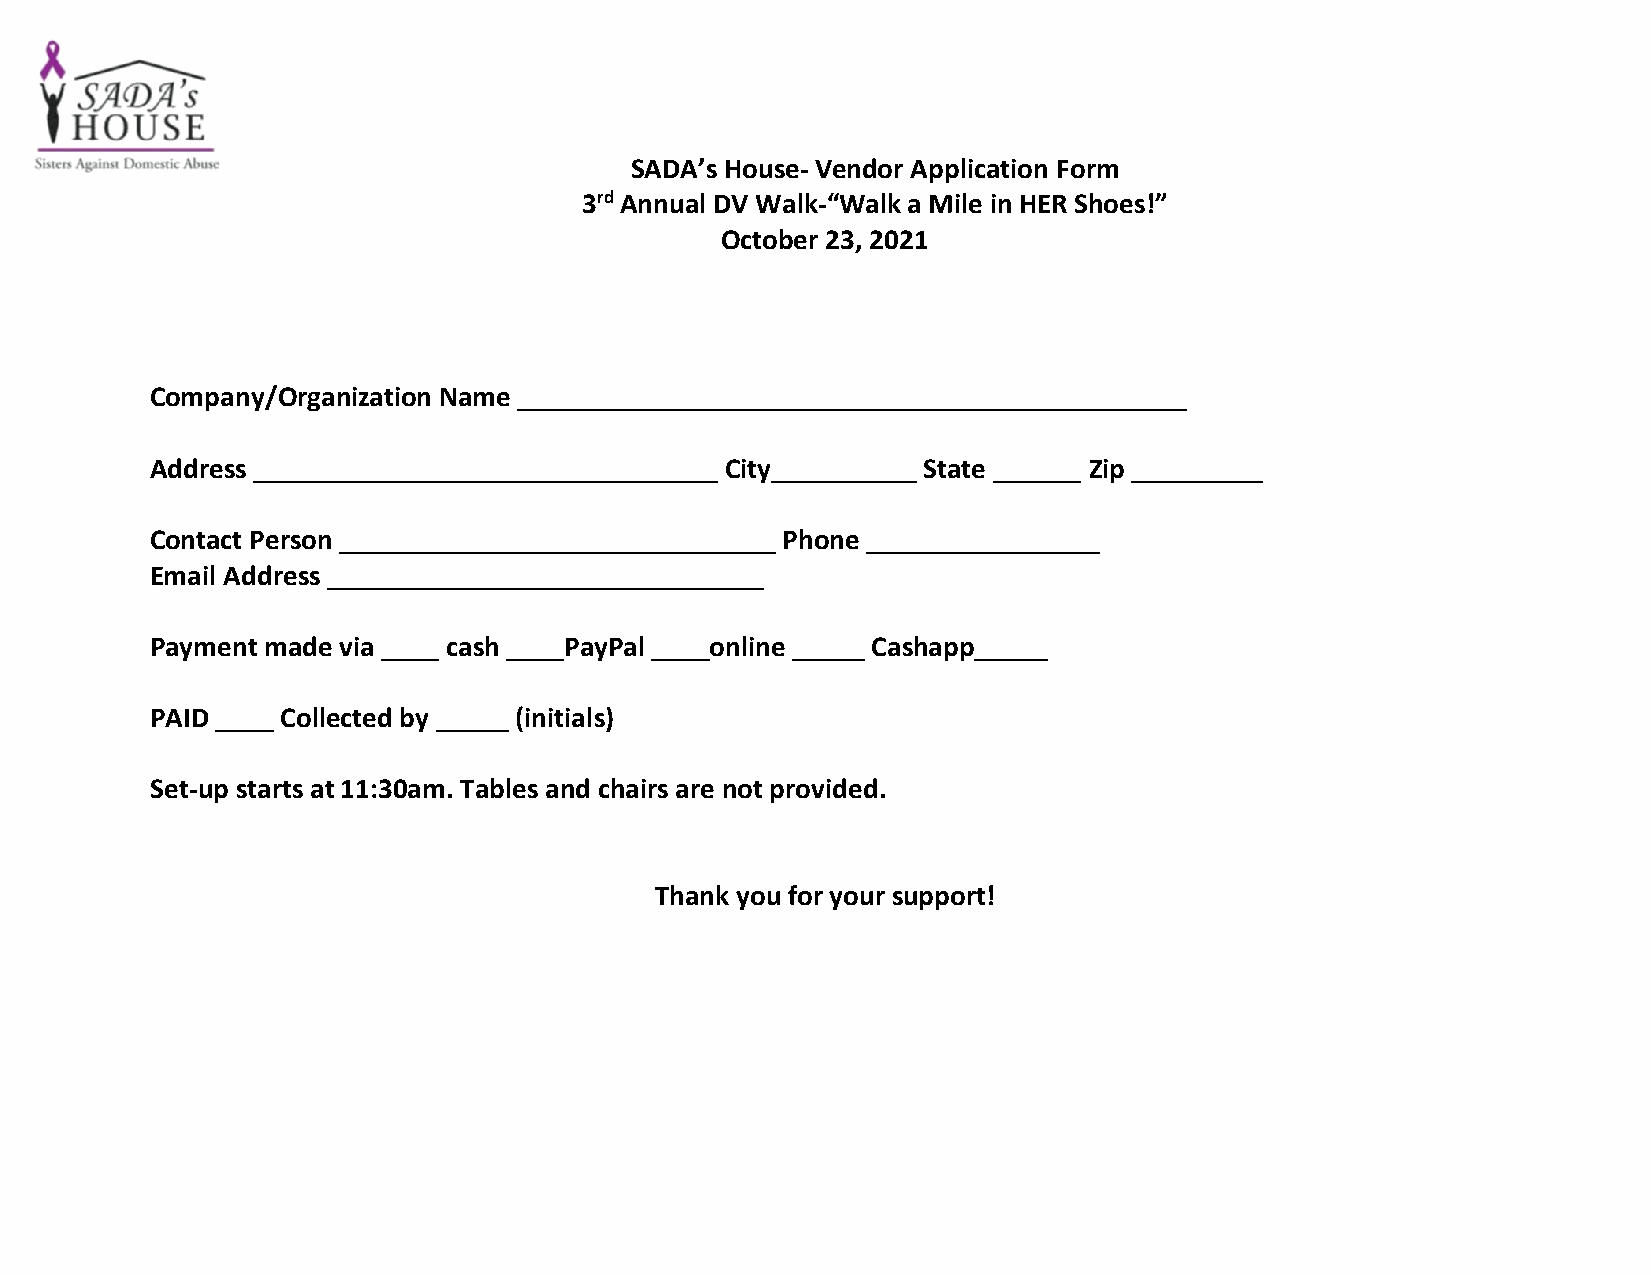
SADA’s House- Vendor Application Form
 3rd Annual DV Walk-“Walk a Mile in HER Shoes!”
 October 23, 2021
 Company/Organization Name ______________________________________________
 Address ________________________________ City__________ State ______ Zip _________
 Contact Person ______________________________ Phone ________________
 Email Address ______________________________
 Payment made via ____ cash ____PayPal ____online _____ Cashapp_____
 PAID ____ Collected by _____ (initials)
 Set-up starts at 11:30am. Tables and chairs are not provided.
 Thank you for your support!